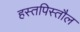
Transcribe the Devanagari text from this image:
हस्तपिस्तौल